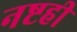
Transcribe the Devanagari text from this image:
नष्टही